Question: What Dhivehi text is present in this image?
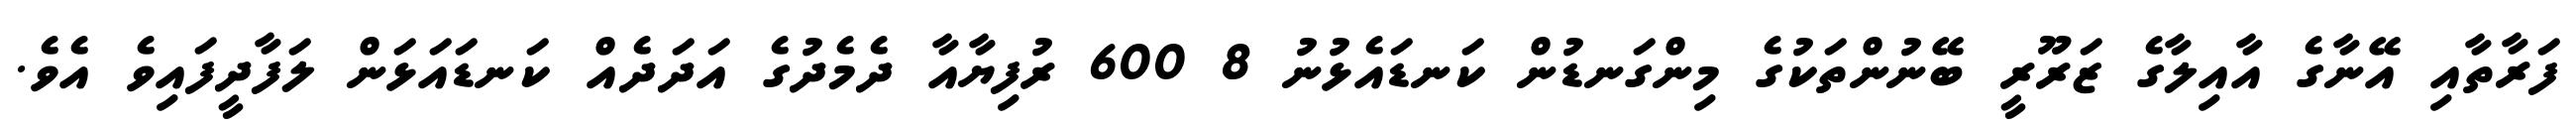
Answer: ފަރާތާއި އޭނާގެ އާއިލާގެ ޒަރޫރީ ބޭނުންތަކުގެ މިންގަނޑުން ކަނޑައެޅުނު 8 600 ރުފިޔާއާ ދެމެދުގެ އަދަދެއް ކަނޑައަޅަން ލަފާދީފައިވެ އެވެ.